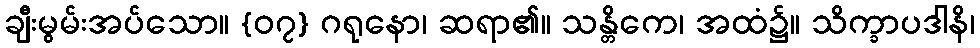
ချီးမွမ်းအပ်သော။ {၀၇} ဂရုနော၊ ဆရာ၏။ သန္တိကေ၊ အထံ၌။ သိက္ခာပဒါနိ၊